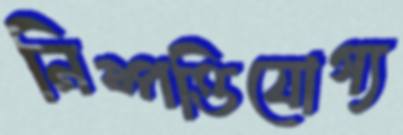
নিষ্পত্তিযোগ্য